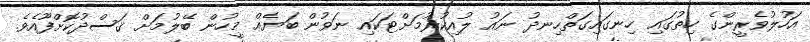
އަހުލުވެރީންގެ ހިތުގައި ހިނގައިގަތްހިނދު ނައު ލުއިކުރުމަށްޓަކައި ނަވުން ބަޔެއް މީހުން ބޭލުމަށް ޤަސްދުކޮށްފޫއެވެ.